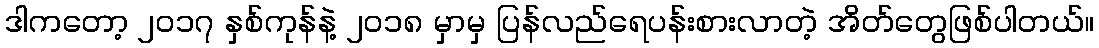
ဒါကတော့ ၂၀၁၇ နှစ်ကုန်နဲ့ ၂၀၁၈ မှာမှ ပြန်လည်ရေပန်းစားလာတဲ့ အိတ်တွေဖြစ်ပါတယ်။